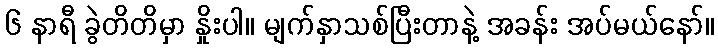
၆ နာရီ ခွဲတိတိမှာ နှိုးပါ။ မျက်နှာသစ်ပြီးတာနဲ့ အခန်း အပ်မယ်နော်။